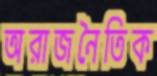
অরাজনৈতিক